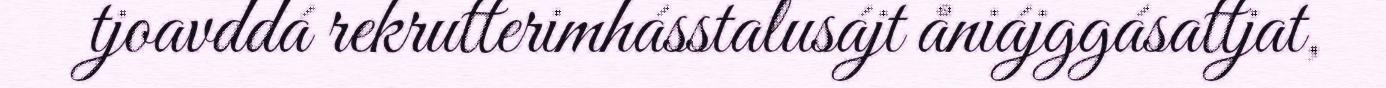
tjoavddá rekrutterimhásstalusájt åniájggásattjat,